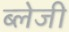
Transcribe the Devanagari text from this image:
ब्लेजी